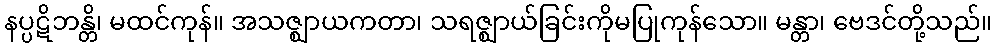
နပ္ပဋိဘန္တိ၊ မထင်ကုန်။ အသဇ္ဈာယကတာ၊ သရဇ္ဈာယ်ခြင်းကိုမပြုကုန်သော။ မန္တာ၊ ဗေဒင်တို့သည်။